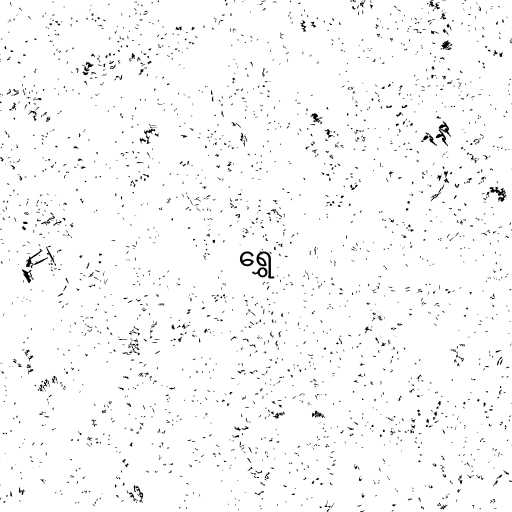
ရွှေ